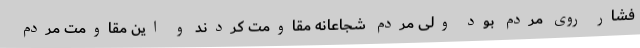
فشار روی مردم بود ولی مردم شجاعانه مقاومت کردند و این مقاومت مردم